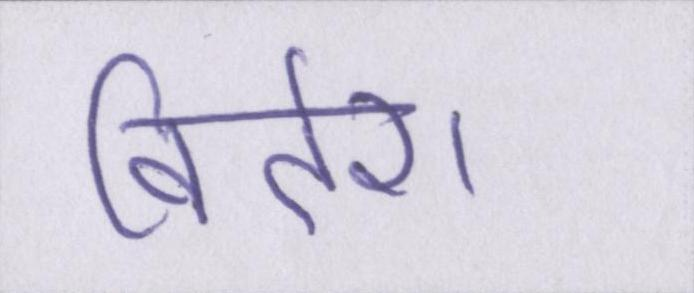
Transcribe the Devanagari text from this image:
विदेश